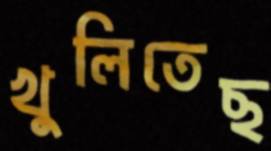
খুলিতেছ